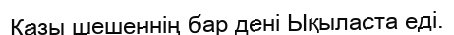
Қазы шешеннің бар дені Ықыласта еді.